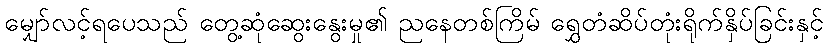
မျှော်လင့်ရပေသည် တွေ့ဆုံဆွေးနွေးမှု၏ ညနေတစ်ကြိမ် ရွှေတံဆိပ်တုံးရိုက်နှိပ်ခြင်းနှင့်